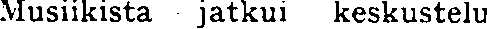
Musiikista jatkui keskustelu